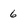
Character: 6